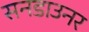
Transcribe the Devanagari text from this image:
सनडाउनर